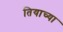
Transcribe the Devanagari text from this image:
तियाच्या